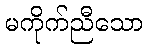
မကိုက်ညီသော